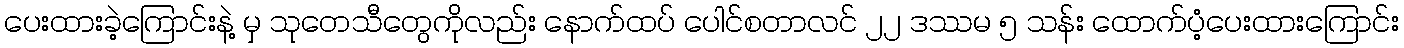
ပေးထားခဲ့ကြောင်းနဲ့ မှ သုတေသီတွေကိုလည်း နောက်ထပ် ပေါင်စတာလင် ၂၂ ဒဿမ ၅ သန်း ထောက်ပံ့ပေးထားကြောင်း